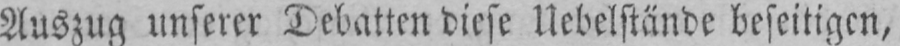
Auszug unserer Debatten diese Uebelstände beseitigen,